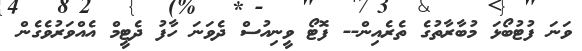
ވަނަ ފުޓުބޯޅަ މުބާރާތުގެ ތެރެއިން-- ފޮޓޯ ވީނިއުސް ދެވަނަ ހާފު ދެޓީމް އެއްވަރުވެގެން